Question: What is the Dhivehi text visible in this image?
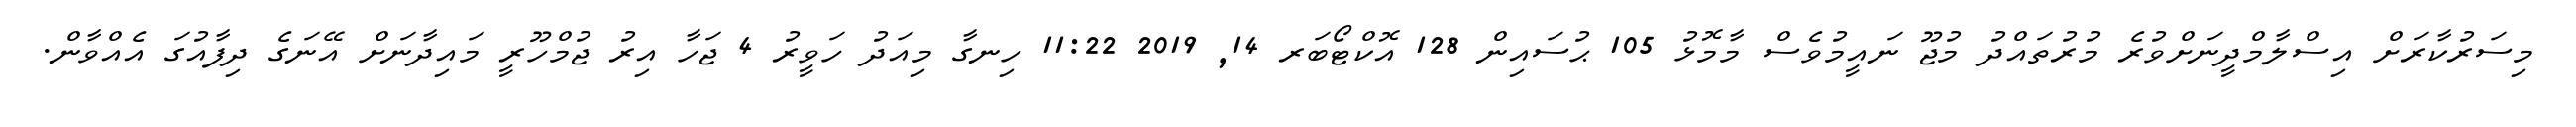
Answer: މިސަރުކާރަށް އިސްލާމްދީނަށްވުރެ މުރުތައްދު މުޖޫ ނައީމުވެސް މާމޮޅު 105 ޙުސައިން 128 އޮކްޓޯބަރ 14, 2019 11:22 ހިނގާ މިއަދު ހަވީރު 4 ޖަހާ އިރު ޖުމްހޫރީ މައިދާނަށް އޭނަގެ ދިފާއުގަ އެއްވާން.